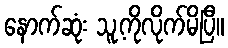
နောက်ဆုံး သူ့ကိုလိုက်မိပြီ။